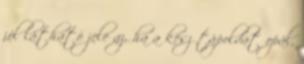
jól látható jele az, ha a kész tápoldat opál,